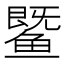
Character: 𬶨